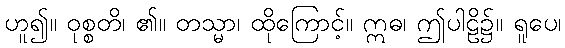
ဟူ၍။ ဝုစ္စတိ၊ ၏။ တသ္မာ၊ ထိုကြောင့်။ ဣဓ၊ ဤပါဠိ၌။ ရူပေ၊